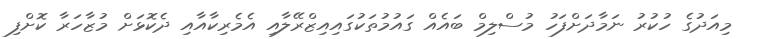
މިއަދުގެ ހުކުރު ނަމާދަށްފަހު މުސްލިމް ބައެއް ގައުމުތަކުގައިއިޒްރޭލާއި އެމެރިކާއާއި ދެކޮޅަށް މުޒާހަރާ ކޮށްފި